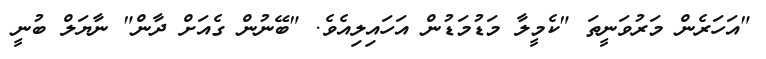
"އަހަރެން މަރުވަނީތަ "ކެމީލާ މަޑުމަޑުން އަހައިލިއެވެ. "ބޭނުން ގެއަށް ދާން" ނާޔަލް ބުނީ